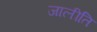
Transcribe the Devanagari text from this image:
जालीति